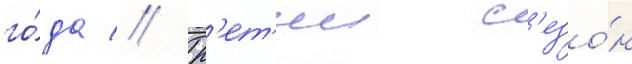
го́да // Тр'ет'ии с'езо́н